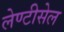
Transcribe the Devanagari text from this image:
लेण्टीसेल